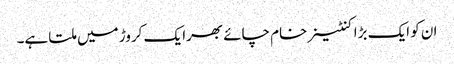
ان کو ایک بڑا کنٹینر خام چائے بھرا یک کروڑ میں ملتا ہے۔